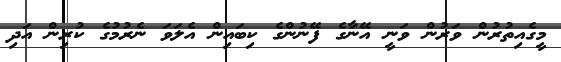
މީގެއިތުރުން ވަރުން ވަނީ އޭނާގެ ފޭނުންގެ ކިބައިން އެލަވަ ނެރުމުގެ ކުރިން އަދި